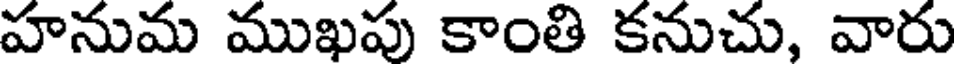
హనుమ ముఖపు కాంతి కనుచు, వారు